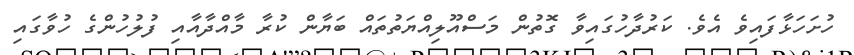
ހުށަހަޅާފައިވެ އެވެ. ކަރުދާހުގައިވާ ގޮތުން މަސްއޫލިއްޔަތުތައް ބަޔާން ކުރާ މާއްދާއާއި ފުލުހުންގެ ހުވާގައި